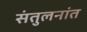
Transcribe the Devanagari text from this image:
संतुलनांत